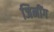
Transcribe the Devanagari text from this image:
जिनींग